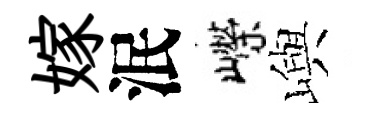
嫁泯嶸嶼